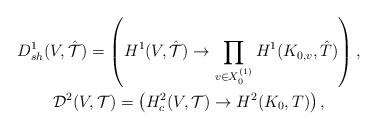
LaTeX: \begin{gather*}D^1_{sh}(V,\hat{\mathcal{T}}) = \left( H^1(V,\hat{\mathcal{T}}) \rightarrow \prod_{v \in X_0^{(1)}} H^1(K_{0,v},\hat{T})\right),\\\mathcal{D}^2(V,\mathcal{T}) = \left( H^2_c(V,\mathcal{T}) \rightarrow H^2(K_0,T)\right),\end{gather*}